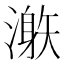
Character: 𣽜